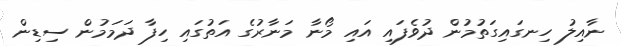
ނާއިލު ހިނގައިގަތުމުން ދުވެފައި އައި މޯނާ މަނާރުގެ އަތުގައި ހިފާ ދަމަމުން ސިޑިން